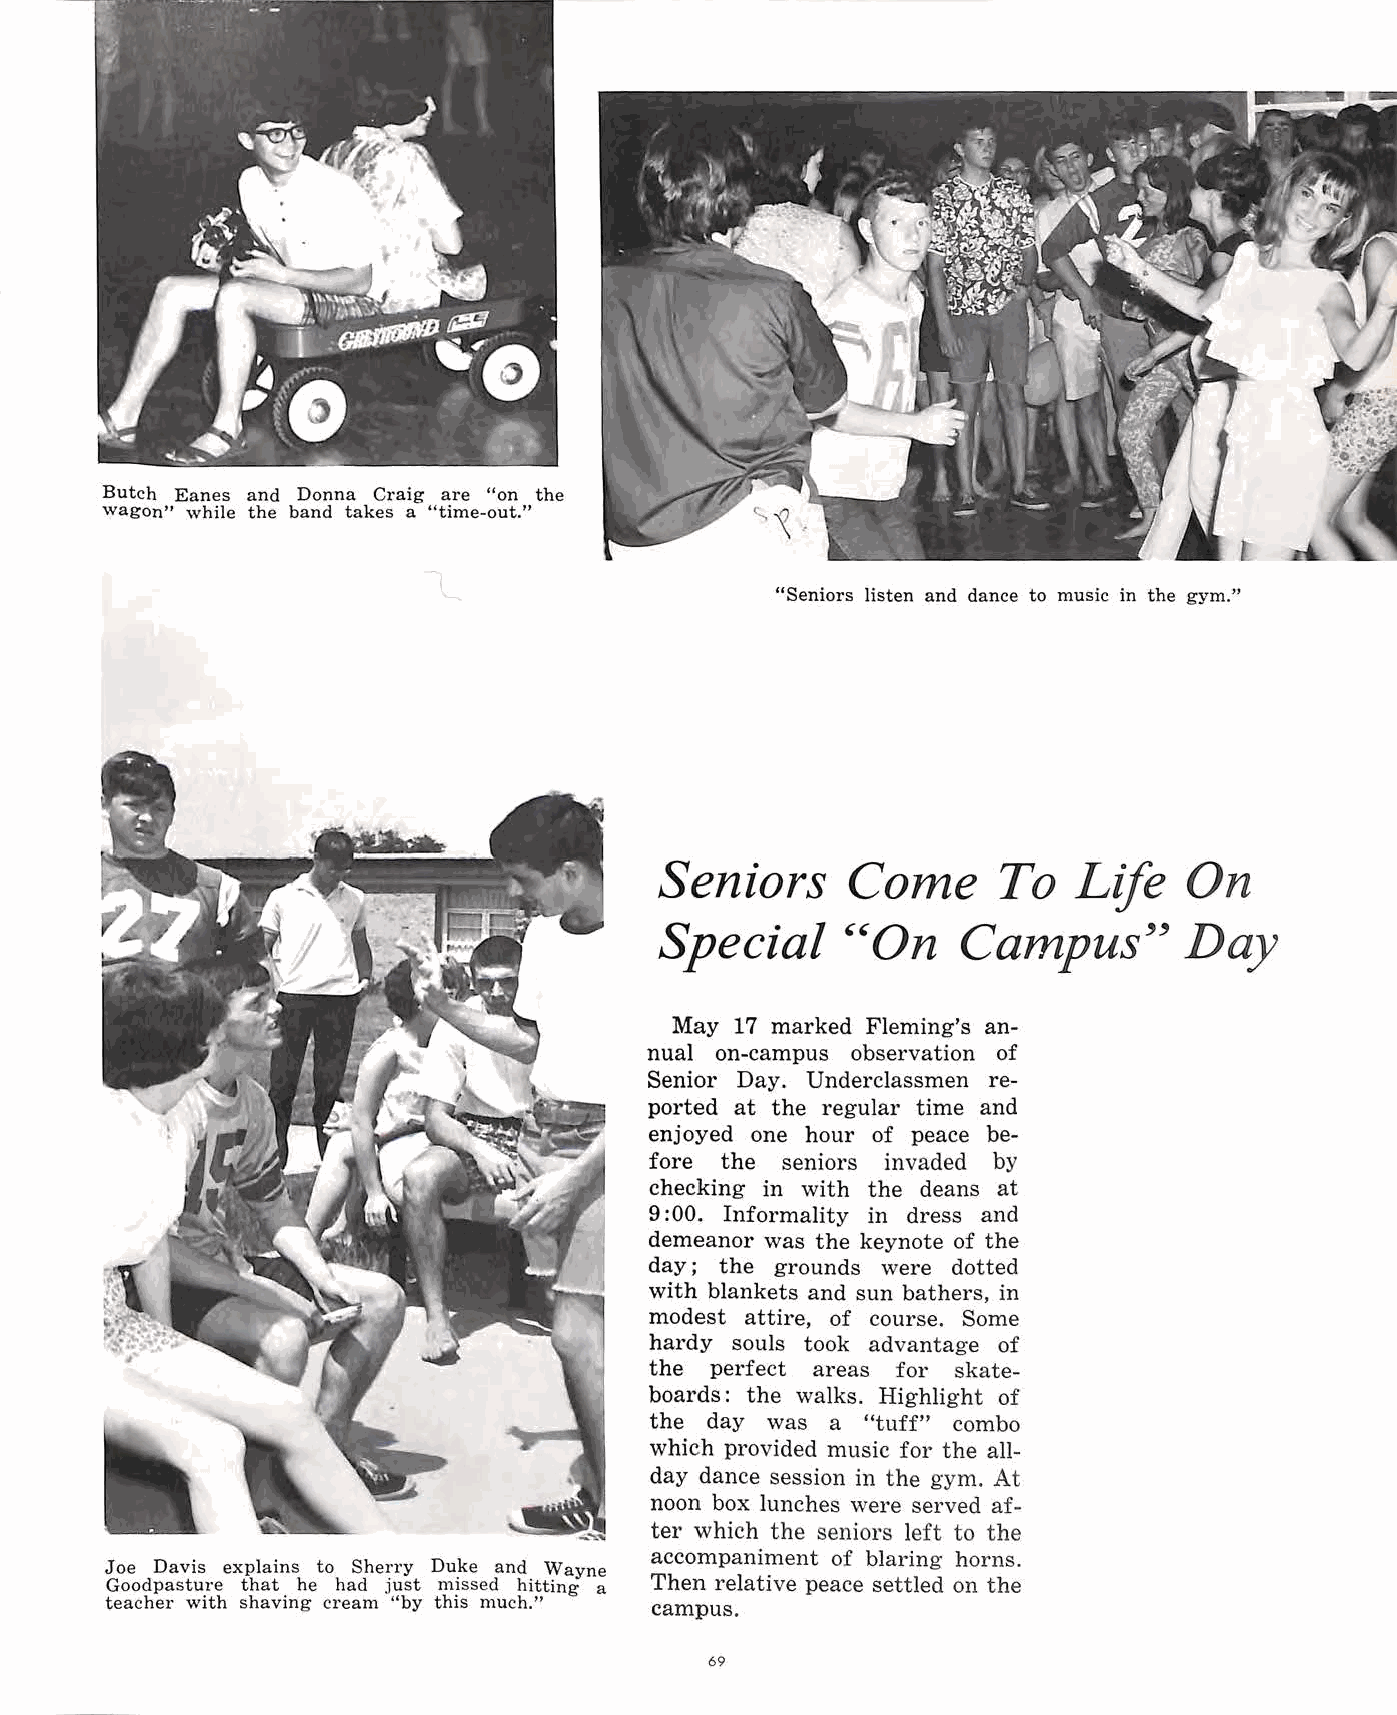
Butch Eanes and Donna Craig are "on the
 wagon" while the band takes a "time-out."
 "Seniors listen and dance to music in the gym."
 Seniors     Come      To   Life   On
 Special     ''On   Campus''       Day
 May 17 marked Fleming's an
 nual on-campus observation of
 Senior Day. Underclassmen re
 ported at the regular time and
 enjoyed one hour of peace be
 fore the seniors invaded by
 checking in with the deans at
 9 :00. Informality in dress and
 demeanor was the keynote of the
 day ; the grounds were dotted
 with blankets and sun bathers, in
 modest attire, of course. Some
 hardy souls took advantage of
 the perfect areas for skate
 boards: the walks. Highlight of
 the day was a "tuff" combo
 which provided music for the all
 day dance session in the gym. At
 noon box lunches were served af
 ter which the seniors left to the
 accompaniment of blaring horns.
 Joe Davis explains to Sherry Duke and Wayne
 Goodpasture that he had just missed hitting a Then relative peace settled on the
 teacher with shaving cream "by this much." campus.
 69